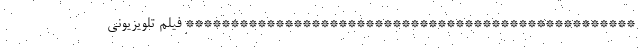
************************************************** فیلم تلویزیونی